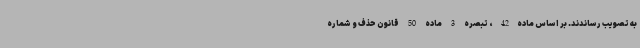
به تصویب رساندند. بر اساس ماده42، تبصره 3 ماده 50 قانون حذف و شماره